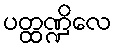
ပတ္ထဏ္ဍိလေ